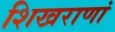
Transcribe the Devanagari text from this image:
शिखराणां